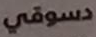
دسوقي